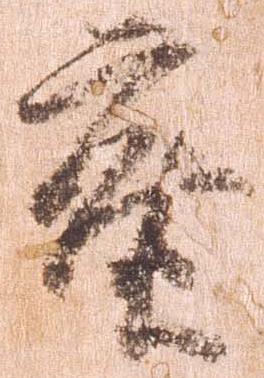
密